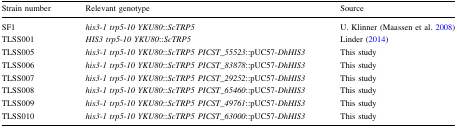
| Strain number | Relevant genotype | Source |
 | --- | --- | --- |
 | SF1 | his3-1 trp5-10 YKU80::ScTRP5 | U. Klinner (Maassen et al. 2008) |
 | TLSS001 | HIS3 trp5-10 YKU80::ScTRP5 | Linder (2014) |
 | TLSS005 | his3-1 trp5-10 YKU80::ScTRP5 PICST_55523::pUC57-DhHIS3 | This study |
 | TLSS006 | his3-1 trp5-10 YKU80::ScTRP5 PICST_83878::pUC57-DhHIS3 | This study |
 | TLSS007 | his3-1 trp5-10 YKU80::ScTRP5 PICST_29252::pUC57-DhHIS3 | This study |
 | TLSS008 | his3-1 trp5-10 YKU80::ScTRP5 PICST_65460::pUC57-DhHIS3 | This study |
 | TLSS009 | his3-1 trp5-10 YKU80::ScTRP5 PICST_49761::pUC57-DhHIS3 | This study |
 | TLSS010 | his3-1 trp5-10 YKU80::ScTRP5 PICST_63000::pUC57-DhHIS3 | This study |